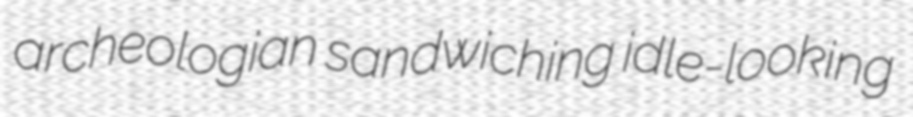
archeologian sandwiching idle-looking